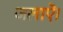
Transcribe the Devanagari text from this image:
जलाऎ।